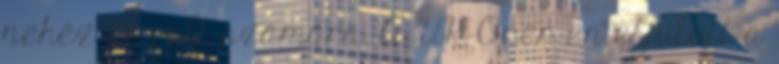
nehéz év volt számára. A UK Open-en eljutott a